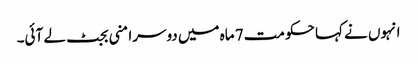
انہوں نے کہا حکومت 7 ماہ میں دوسرا منی بجٹ لے آئی۔